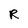
Character: R